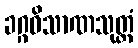
ခဂ္ဂဝိသာဏသုတ္တံ